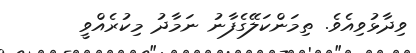
ވިދާޅުވިއެވެ. ތިމަންކަލޭގެފާނު ނަމާދު މިކުރެއްވީ